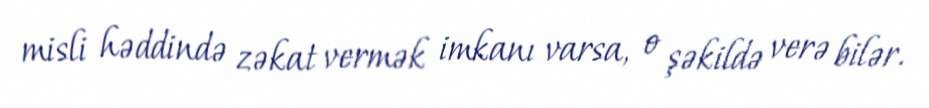
misli həddində zəkat vermək imkanı varsa, o şəkildə verə bilər.